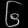
Digit: ၆